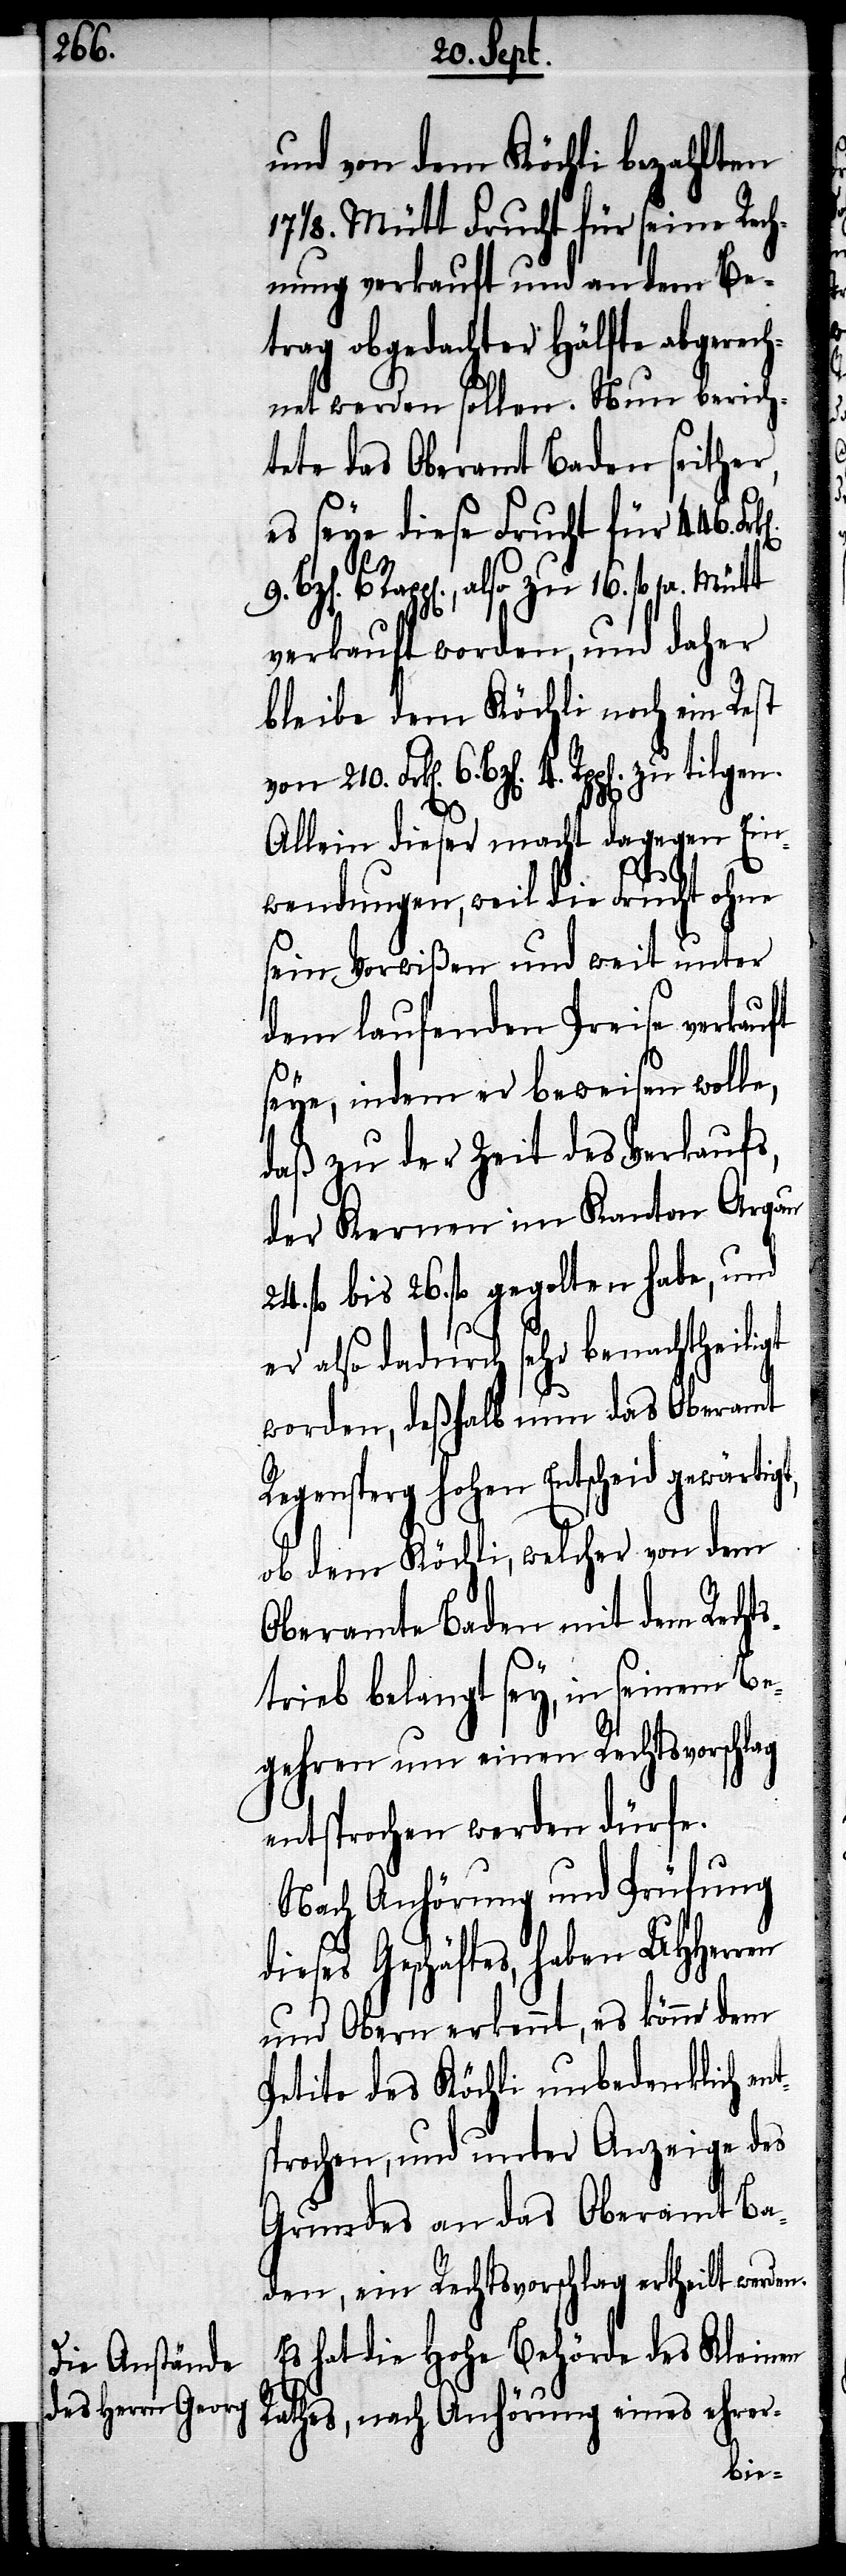
und von dem Köchli bezahlten
1/8. Mütt Frucht für seine Rech¬
nung verkauft und an dem Be¬
trag obgedachter Hälfte abgerech¬
net werden sollen. Nun berich¬
tete das Oberamt Baden seither,
es seye diese Frucht für 446.
Rpp[en]., also zu 16. fl. pr.
verkauft worden, und daher
bleibe dem Köchli noch ein Rest
n]. 4. Rpp[en]. zu tilgen.
Allein dieser macht dagegen Ein¬
wendungen, weil die Frucht ohne
sein Vorwißen und weit unter
dem laufenden Preise verkauft
seye, indem er beweisen wolle,
daß zu der Zeit des Verkaufs
der Kernen im Kanton Argau
24. fl. bis 26. fl. gegolten habe, und
er also dadurch sehr benachtheiligt
worden, deßhalb nun das Oberamt
Regensperg hohen Entscheid gewärtigt,
ob dem Köchli, welcher von dem
Oberamte Baden mit dem Rechts¬
trieb belangt sey, in seinem Be¬
gehren um einen Rechtsvorschlag
entsprochen werden dürfe.
Nach Anhörung und Prüfung
dieses Geschäftes, haben UHHerren
und Obern erkennt, es könne dem
Petito des Köchli unbedenklich ent¬
sprochen, und unter Anzeige des
Grundes an das Oberamt Ba¬
den, ein Rechtsvorschlag ertheilt werden.
Es hat die hohe Behörde des Kleinen
Rathes, nach Anhörung eines ehrer-